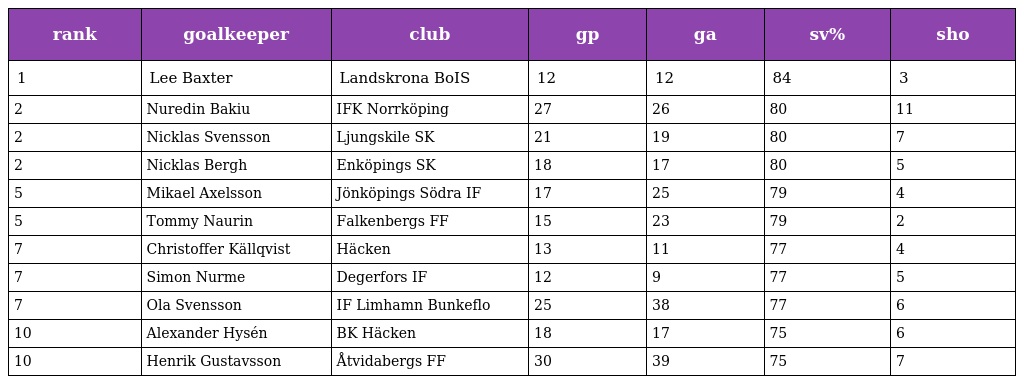
| rank | goalkeeper | club | gp | ga | sv% | sho |
 | --- | --- | --- | --- | --- | --- | --- |
 | 1 | Lee Baxter | Landskrona BoIS | 12 | 12 | 84 | 3 |
 | 2 | Nuredin Bakiu | IFK Norrköping | 27 | 26 | 80 | 11 |
 | 2 | Nicklas Svensson | Ljungskile SK | 21 | 19 | 80 | 7 |
 | 2 | Nicklas Bergh | Enköpings SK | 18 | 17 | 80 | 5 |
 | 5 | Mikael Axelsson | Jönköpings Södra IF | 17 | 25 | 79 | 4 |
 | 5 | Tommy Naurin | Falkenbergs FF | 15 | 23 | 79 | 2 |
 | 7 | Christoffer Källqvist | Häcken | 13 | 11 | 77 | 4 |
 | 7 | Simon Nurme | Degerfors IF | 12 | 9 | 77 | 5 |
 | 7 | Ola Svensson | IF Limhamn Bunkeflo | 25 | 38 | 77 | 6 |
 | 10 | Alexander Hysén | BK Häcken | 18 | 17 | 75 | 6 |
 | 10 | Henrik Gustavsson | Åtvidabergs FF | 30 | 39 | 75 | 7 |